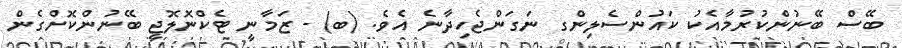
ބޭސް ބޭނުންކުރުމާއެކު ކައުންސެލިންގ ނަގަންޖެހިދާނެ އެވެ. (ބ) - ޒަމާނީ ޓެކްނޮލޮޖީ ބޭނުންކޮށްގެން